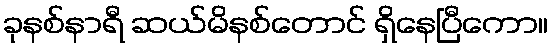
ခုနစ်နာရီ ဆယ်မိနစ်တောင် ရှိနေပြီကော။